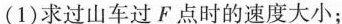
(1)求过山车过F点时的速度大小；